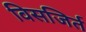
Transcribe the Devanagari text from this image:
विसजिर्त